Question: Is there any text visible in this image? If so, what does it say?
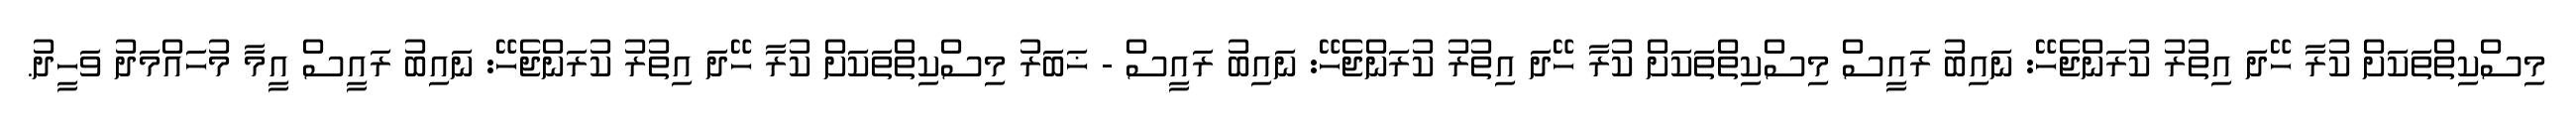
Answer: މިސްކިތްތަކަށް ކުރާ ހޭދަ އިތުރު ކުރަންޖެހޭ: ނައިބު ރައީސް މިސްކިތްތަކަށް ކުރާ ހޭދަ އިތުރު ކުރަންޖެހޭ: ނައިބު ރައީސް - ޚަބަރު މިސްކިތްތަކަށް ކުރާ ހޭދަ އިތުރު ކުރަންޖެހޭ: ނައިބު ރައީސް އީމާ މުހައްމަދު ވަހީދު.